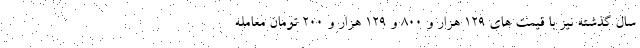
سال گذشته نیز با قیمت های ۱۲۹ هزار و ۸۰۰ و ۱۲۹ هزار و ۲۰۰ تومان معامله